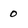
Character: O